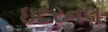
ઇટરનલ